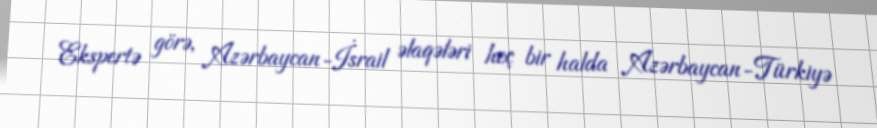
Ekspertə görə, Azərbaycan-İsrail əlaqələri heç bir halda Azərbaycan-Türkiyə